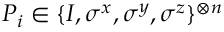
P _ { i } \in \{ I , \sigma ^ { x } , \sigma ^ { y } , \sigma ^ { z } \} ^ { \otimes n }